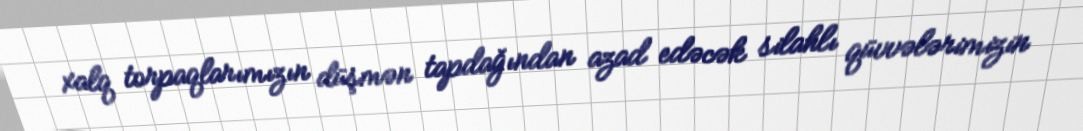
xalq torpaqlarımızın düşmən tapdağından azad edəcək silahlı qüvvələrimizin